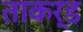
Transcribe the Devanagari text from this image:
ताकर्ड